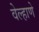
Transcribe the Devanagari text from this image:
वेल्हाणे